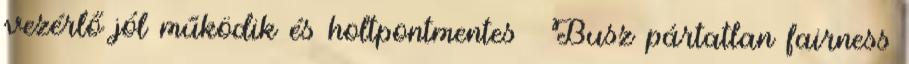
vezérlő jól működik és holtpontmentes ● Busz pártatlan fairness